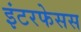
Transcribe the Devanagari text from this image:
इंटरफेसस